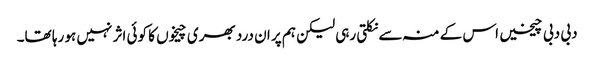
دبی دبی چیخیں اس کے منہ سے نکلتی رہی لیکن ہم پر ان درد بھری چیخوں کا کوئی اثر نہیں ہو رہا تھا۔